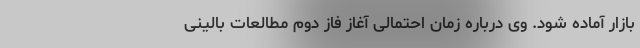
بازار آماده شود. وی درباره زمان احتمالی آغاز فاز دوم مطالعات بالینی